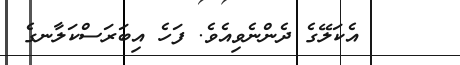
٨٢     އެކަލޭގެ ދެންނެވިއެވެ. ފަހެ އިބަރަސްކަލާނގެ